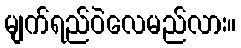
မျက်ရည်ဝဲလေမည်လား။